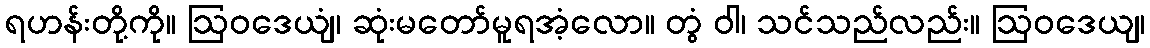
ရဟန်းတို့ကို။ ဩဝဒေယျံ၊ ဆုံးမတော်မူရအံ့လော။ တွံ ဝါ၊ သင်သည်လည်း။ ဩဝဒေယျ၊